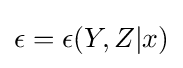
\epsilon =\epsilon (Y,Z|x)